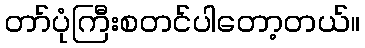
တာ်ပုံကြီးစတင်ပါတော့တယ်။